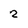
Character: 2